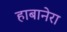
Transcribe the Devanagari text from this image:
हाबानेरा